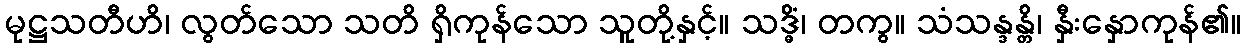
မုဋ္ဌသတီဟိ၊ လွတ်သော သတိ ရှိကုန်သော သူတို့နှင့်။ သဒ္ဓိံ၊ တကွ။ သံသန္ဒန္တိ၊ နှီးနှောကုန်၏။